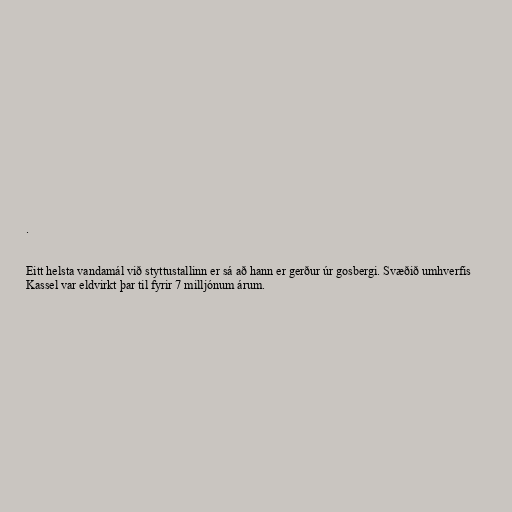
.

Eitt helsta vandamál við styttustallinn er sá að hann er gerður úr gosbergi. Svæðið umhverfis
Kassel var eldvirkt þar til fyrir 7 milljónum árum.